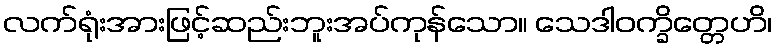
လက်ရုံးအားဖြင့်ဆည်းဘူးအပ်ကုန်သော။ သေဒါဝက္ခိတ္တေဟိ၊